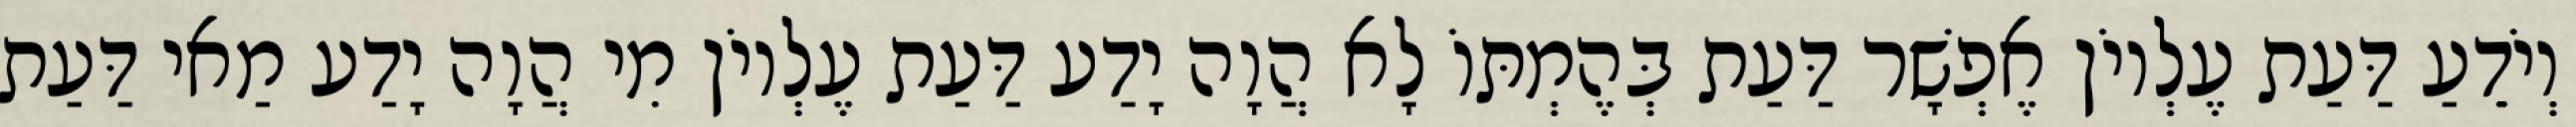
וְיֹדֵעַ דַּעַת עֶלְיוֹן אֶפְשָׁר דַּעַת בְּהֶמְתּוֹ לָא הֲוָה יָדַע דַּעַת עֶלְיוֹן מִי הֲוָה יָדַע מַאי דַּעַת